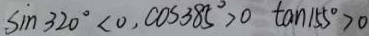
\sin 3 2 0 ^ { \circ } < 0 , \cos 3 8 5 ^ { \circ } > 0 \tan 1 5 5 ^ { \circ } > 0